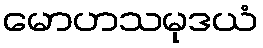
မောဟသမုဒယံ